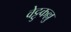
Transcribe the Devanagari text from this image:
वेट्टुकल्लु